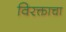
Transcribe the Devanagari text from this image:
विरक्ताचा